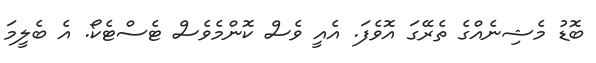
ބޮޑު މެޝިނެއްގެ ތެރޭގަ އޮވެފަ. އެއީ ވެސް ކޮންމެވެސް ޓެސްޓެކޯ. އެ ބެލީމަ